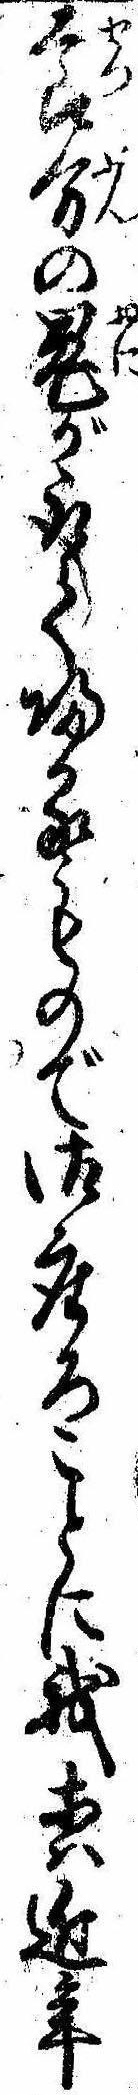
節分の鬼が取て帰るもので御座ろことに我等は近年